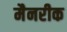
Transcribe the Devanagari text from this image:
मैनरीक